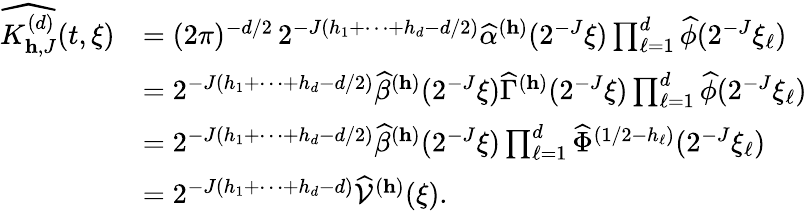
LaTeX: \begin{array}{rl}{\widehat{K_{\mathbf{h},J}^{(d)}}(t,\xi)}&{=(2\pi)^{-d/2}\, 2^{-J(h_{1}+\cdots+h_{d}-d/2)}\widehat{\alpha}^{(\mathbf{h})}(2^{-J}\mathbf{\xi})\prod_{\ell=1}^{d}\widehat{\phi}(2^{-J}\xi_{\ell})}\\ &{=2^{-J(h_{1}+\cdots+h_{d}-d/2)}\widehat{\beta}^{(\mathbf{h})}(2^{-J}\mathbf{\xi})\widehat{\Gamma}^{(\mathbf{h})}(2^{-J}\mathbf{\xi})\prod_{\ell=1}^{d}\widehat{\phi}(2^{-J}\xi_{\ell})}\\ &{=2^{-J(h_{1}+\cdots+h_{d}-d/2)}\widehat{\beta}^{(\mathbf{h})}(2^{-J}\mathbf{\xi})\prod_{\ell=1}^{d}\widehat{\Phi}^{(1/2-h_{\ell})}(2^{-J}\xi_{\ell})}\\ &{=2^{-J(h_{1}+\cdots+h_{d}-d)}\widehat{\mathcal{V}}^{(\mathbf{h})}(\mathbf{\xi}).}\end{array}